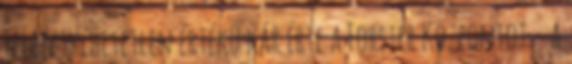
Felbecsülhetetlen értékű kár érte a Forster Központot - a